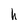
Character: h